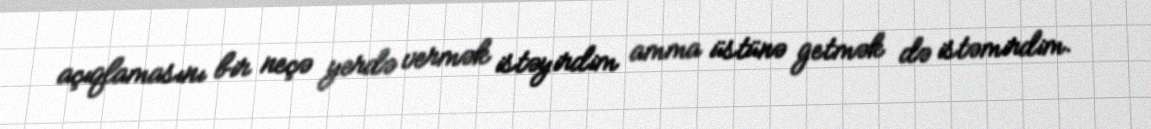
açıqlamasını bir neçə yerdə vermək istəyirdim amma üstünə getmək də istəmirdim.